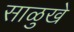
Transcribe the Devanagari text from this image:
साळुखे